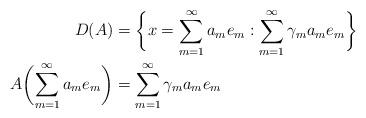
LaTeX: \begin{align*}D(A) & = \biggl\{ x = \sum_{m=1}^{\infty} a_m e_m: \sum_{m=1}^{\infty} \gamma_m a_m e_m \biggr\} \\A \biggl( \sum_{m=1}^{\infty} a_m e_m \biggr) & = \sum_{m=1}^{\infty} \gamma_m a_m e_m\end{align*}